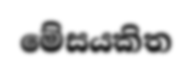
මේසයකිත